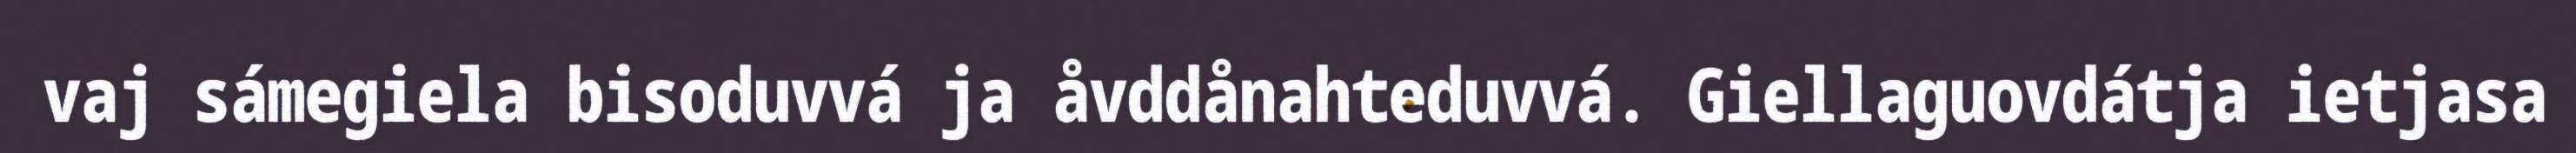
vaj sámegiela bisoduvvá ja åvddånahteduvvá. Giellaguovdátja ietjasa